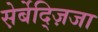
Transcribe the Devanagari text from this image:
स़ेर्बेद्ज़िजा